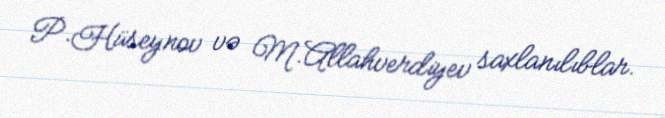
P.Hüseynov və M.Allahverdiyev saxlanılıblar.